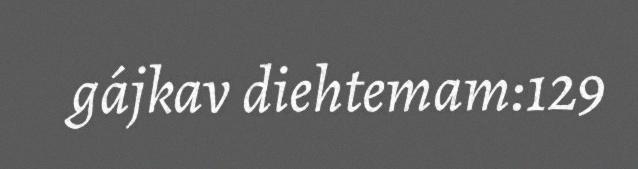
gájkav diehtemam:129